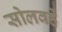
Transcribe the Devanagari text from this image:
सोलवहें